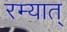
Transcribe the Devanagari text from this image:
रम्यात्